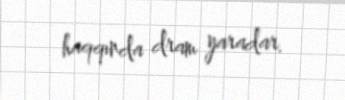
haqqında dram yaradar.